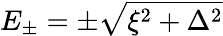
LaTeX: E_{\pm}=\pm\sqrt{\xi^{2}+\Delta^{2}}